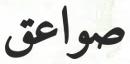
صواعق